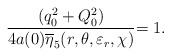
\begin{align*}\frac{(q_{0}^{2}+Q_{0}^{2})}{4a(0)\overline{\eta }_{5}(r,\theta ,\varepsilon_{r},\chi )}{=1.} \end{align*}